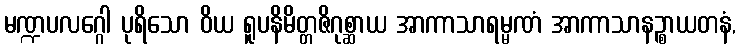
မဏ္ဍပလဂ္ဂေါ ပုရိသော ဝိယ ရူပနိမိတ္တဇိဂုစ္ဆာယ အာကာသာရမ္မဏံ အာကာသာနဉ္စာယတနံ,